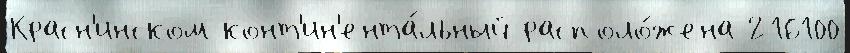
Красн'инском конт'ин'ента́льный располо́жена 216100